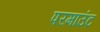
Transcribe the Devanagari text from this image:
परमाउंट